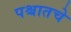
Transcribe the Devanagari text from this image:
पश्चातचे